Civil Veterinary Dept. Bombay admin report 1907-1913 - 1907-1913
Year: 1907
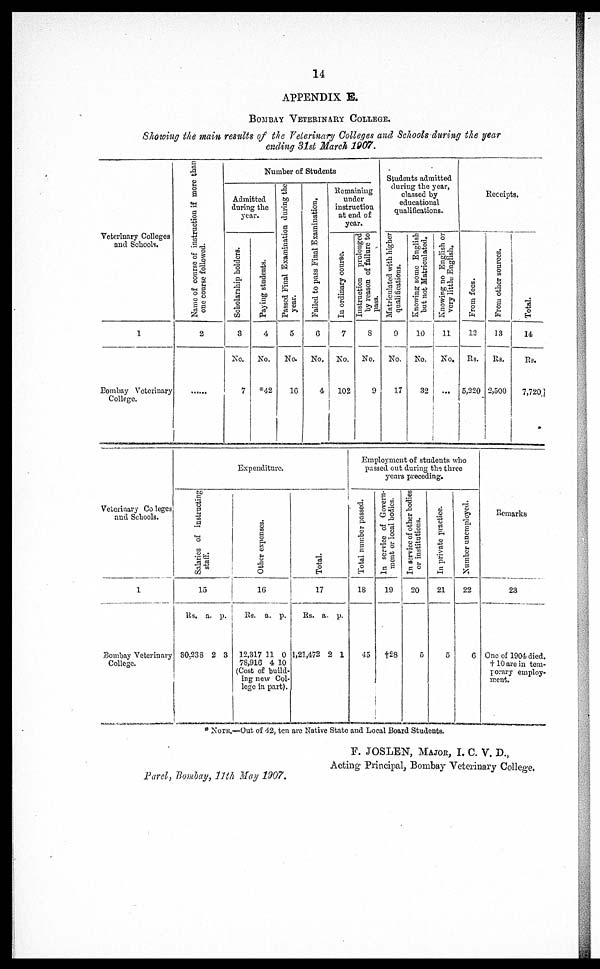
14
APPENDIX E.
BOMBAY VETERINARY COLLEGE.
Showing the main results of the Veterinary Colleges and Schools during the year
ending 31st March 1907.
Veterinary Colleges
and Schools.
1
Bombay Veterinary
College.
Name of course of instruction if more than
one course followed.
2
Number of Students
Admitted
during the
year.
Scholarship holders.
3
No.
7
Paying students.
4
No.
*42
Passed Final Examination during the
year.
5
No.
16
Failed to pass Final Examination.
6
No.
4
Remaining
under
instruction
at end of
year.
In ordinary course.
7
No.
102
Instruction prolonged
by reason of failure to
pass.
8
No.
9
Students admitted
during the year,
classed by
educational
qualifications.
Matriculated with higher
qualifications.
9
No.
17
Knowing some English
but not Matriculated.
10
No.
32
Knowing no English or
very little English.
11
No,
Receipts.
From fees.
12
Rs.
5,220
From other sources.
13
Rs.
2,500
Total.
14
Rs.
7,720
Veterinary Co leges
and Schools.
1
Bombay Veterinary
College.
Expenditure.
Salaries of instructing
staff.
15
Rs. a. p.
30,238 2 3
Other expenses.
16
Rs. a. p.
12,317 11 0
78,916 4 10
(Cost of build-
ing new Col-
lege in part).
Total.
17
Rs, a. p.
1,21,472 2 1
Employment of students who
passed out during the three
years preceding
Total number passed.
18
45
In service of Govern-
ment or local bodies.
19
†28
In service
of other bodies
or institutions.
20
5
In private practice.
21
5
Number unemployed.
22
6
Remarks
23
One of 1904 died.
†10 are in tem-
porary employ-
ment.
* NOTE.—Out of 42, ten are Native State and Local Board Students.
Parel, Bombay, 11th May 1907.
F. JOSLEN, MAJOR, I. C. V. D.,
Acting Principal, Bombay Veterinary College.